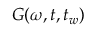
G ( \omega , t , t _ { w } )